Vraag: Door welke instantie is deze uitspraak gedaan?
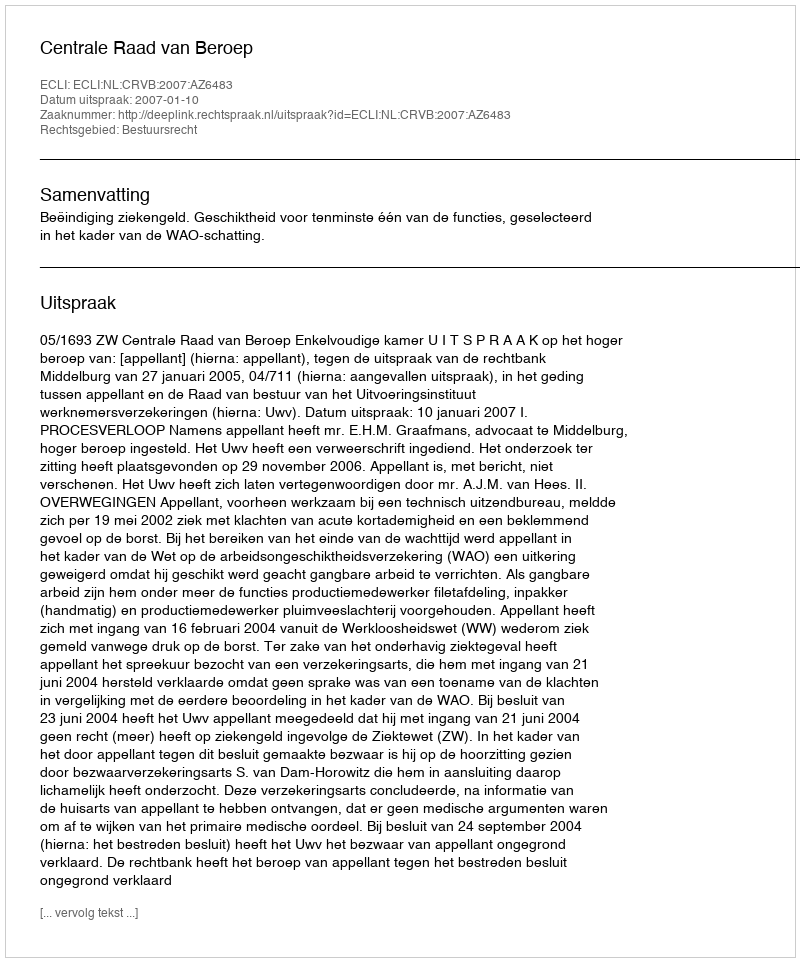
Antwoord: Centrale Raad van Beroep